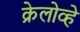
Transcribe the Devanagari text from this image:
क्रेलोव्हे